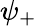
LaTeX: \psi_{+}